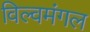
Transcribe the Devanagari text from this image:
विल्वमंगल